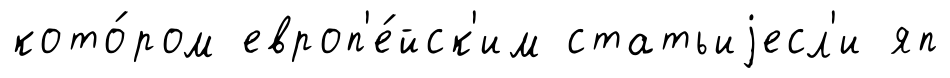
кото́ром европ'е́йск'им статьиjесл'и яп